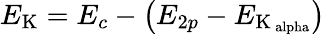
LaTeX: E_{\mathrm{K}}=E_{c}-\left(E_{2p}-E_{\mathrm{K_{\ alpha}}}\right)